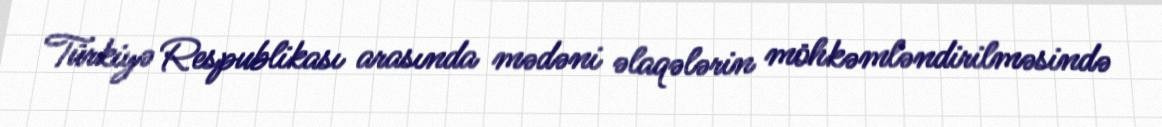
Türkiyə Respublikası arasında mədəni əlaqələrin möhkəmləndirilməsində